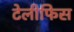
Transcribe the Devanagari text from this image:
टेलीफिस